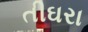
તીઘરા